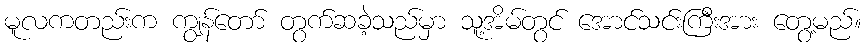
မူလကတည်းက ကျွန်တော် တွက်ဆခဲ့သည်မှာ သူ့အိမ်တွင် အောင်သင်းကြီးအား တွေ့မည်။